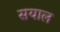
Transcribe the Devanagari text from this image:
सयाल